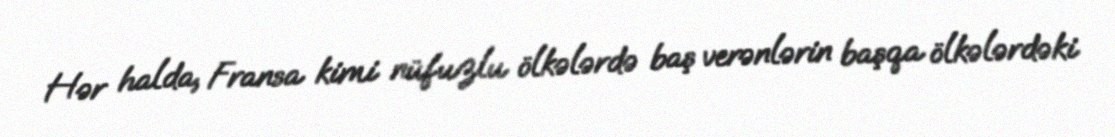
Hər halda, Fransa kimi nüfuzlu ölkələrdə baş verənlərin başqa ölkələrdəki